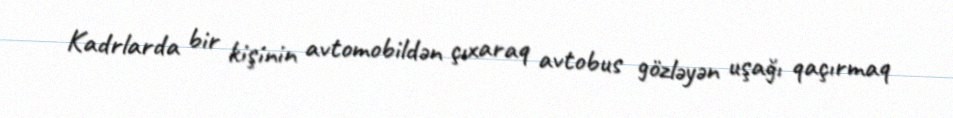
Kadrlarda bir kişinin avtomobildən çıxaraq avtobus gözləyən uşağı qaçırmaq